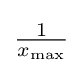
{\textstyle {\tfrac {1}{x_{\mathrm {max} }}}}